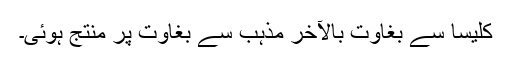
کلیسا سے بغاوت بالآخر مذہب سے بغاوت پر منتج ہوئی۔